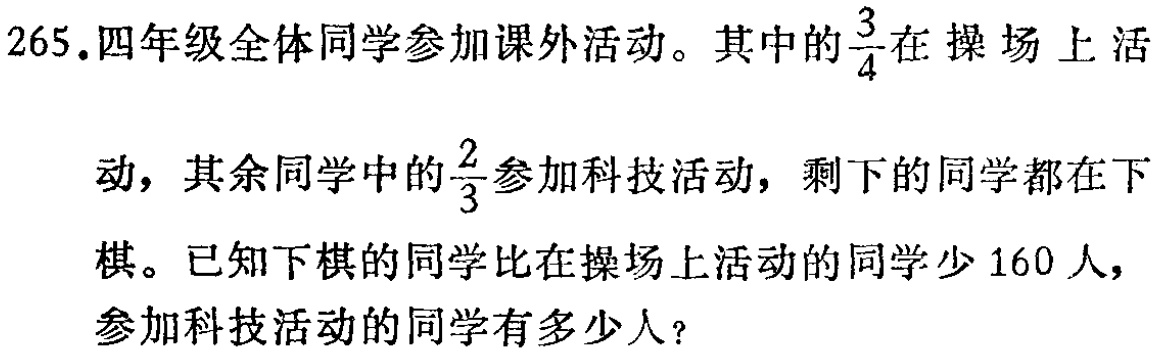
265.四年级全体同学参加课外活动。其中的$\frac{3}{4}$在操场上活动，其余同学中的$\frac{2}{3}$参加科技活动，剩下的同学都在下棋。已知下棋的同学比在操场上活动的同学少160人，参加科技活动的同学有多少人？